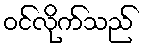
ဝင်လိုက်သည်